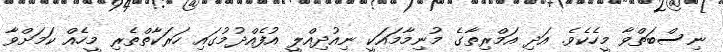
ނިސްބަތްވާ މީހެކެވެ. އަދި އަމްރިތާގެ މުނިމާމައަކީ ނިއުދިއްލީ އުފެއްދުމުގައި ހަރަކާތްތެރި މީހެއް ކަމަށްވާ